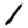
Digit: 1